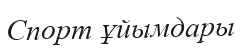
Спорт ұйымдары